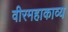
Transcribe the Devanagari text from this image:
वीरमहाकाव्य